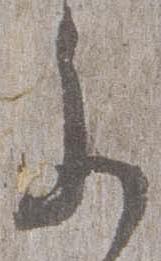
参